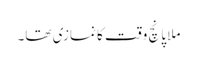
ملا پانچ وقت کا نمازی تھا۔